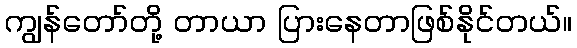
ကျွန်တော်တို့ တာယာ ပြားနေတာဖြစ်နိုင်တယ်။